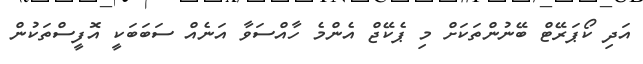
އަދި ކޯޕަރޭޓް ބޭނުންތަކަށް މި ޕެކޭޖް އެންމެ ހާއްސަވާ އަނެއް ސަބަބަކީ އޮފީސްތަކުން